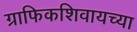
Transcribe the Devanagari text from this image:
ग्राफिकशिवायच्या